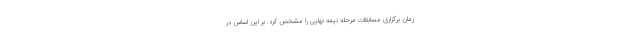
زمان برگزاری مسابقات مرحله نیمه نهایی را مشخص کرد. بر این اساس در